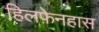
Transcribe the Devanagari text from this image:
हिलफ़ेनहास